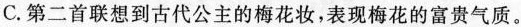
C.第二首联想到古代公主的梅花妆，表现梅花的富贵气质。